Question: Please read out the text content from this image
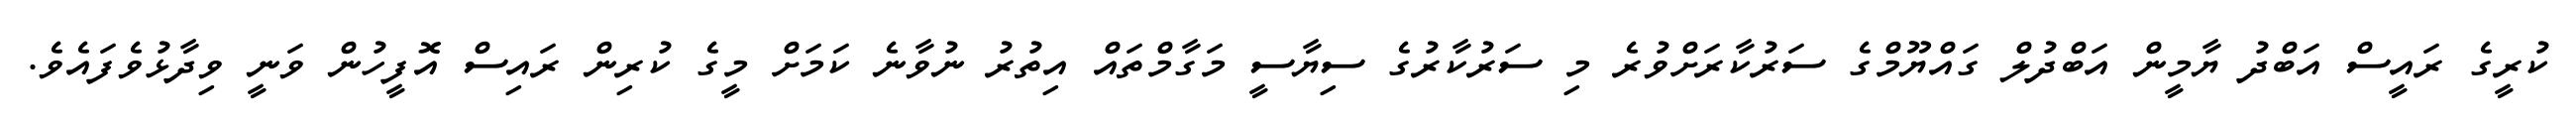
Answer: ކުރީގެ ރައީސް އަބްދު ޔާމީން އަބްދުލް ގައްޔޫމްގެ ސަރުކާރަށްވުރެ މި ސަރުކާރުގެ ސިޔާސީ މަގާމްތައް އިތުރު ނުވާނެ ކަމަށް މީގެ ކުރިން ރައިސް އޮފީހުން ވަނީ ވިދާޅުވެފައެވެ.